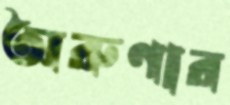
অরুণার